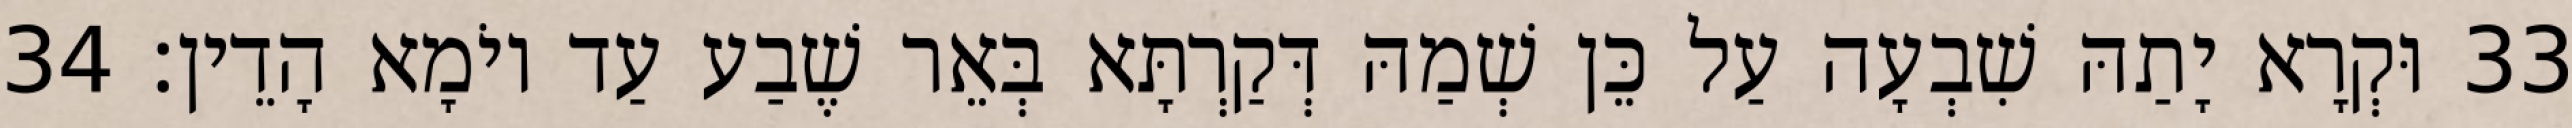
33 וּקְרָא יָתַהּ שִׁבְעָה עַל כֵּן שְׁמַהּ דְּקַרְתָּא בְּאֵר שֶׁבַע עַד יוֹמָא הָדֵין׃ 34